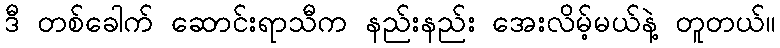
ဒီ တစ်ခေါက် ဆောင်းရာသီက နည်းနည်း အေးလိမ့်မယ်နဲ့ တူတယ်။